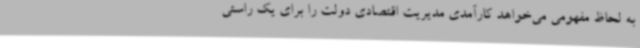
به لحاظ مفهومی می‌خواهد کارآمدی مدیریت اقتصادی دولت را برای یک راستی